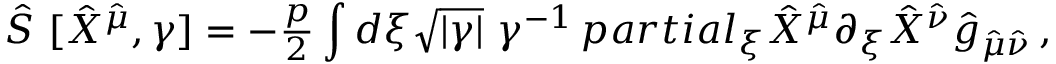
\hat { S } \ [ \hat { X } ^ { \hat { \mu } } , \gamma ] = - { \textstyle \frac { p } { 2 } } \int d \xi \sqrt { | \gamma | } \ \gamma ^ { - 1 } \, p a r t i a l _ { \xi } \hat { X } ^ { \hat { \mu } } \partial _ { \xi } \hat { X } ^ { \hat { \nu } } \hat { g } _ { \hat { \mu } \hat { \nu } } \, ,